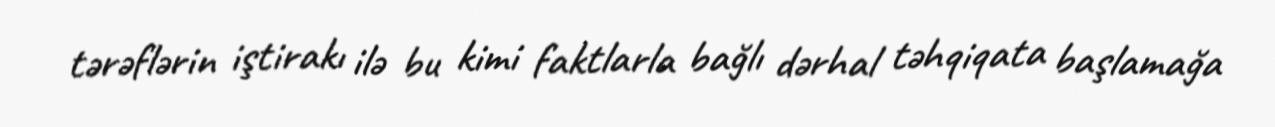
tərəflərin iştirakı ilə bu kimi faktlarla bağlı dərhal təhqiqata başlamağa